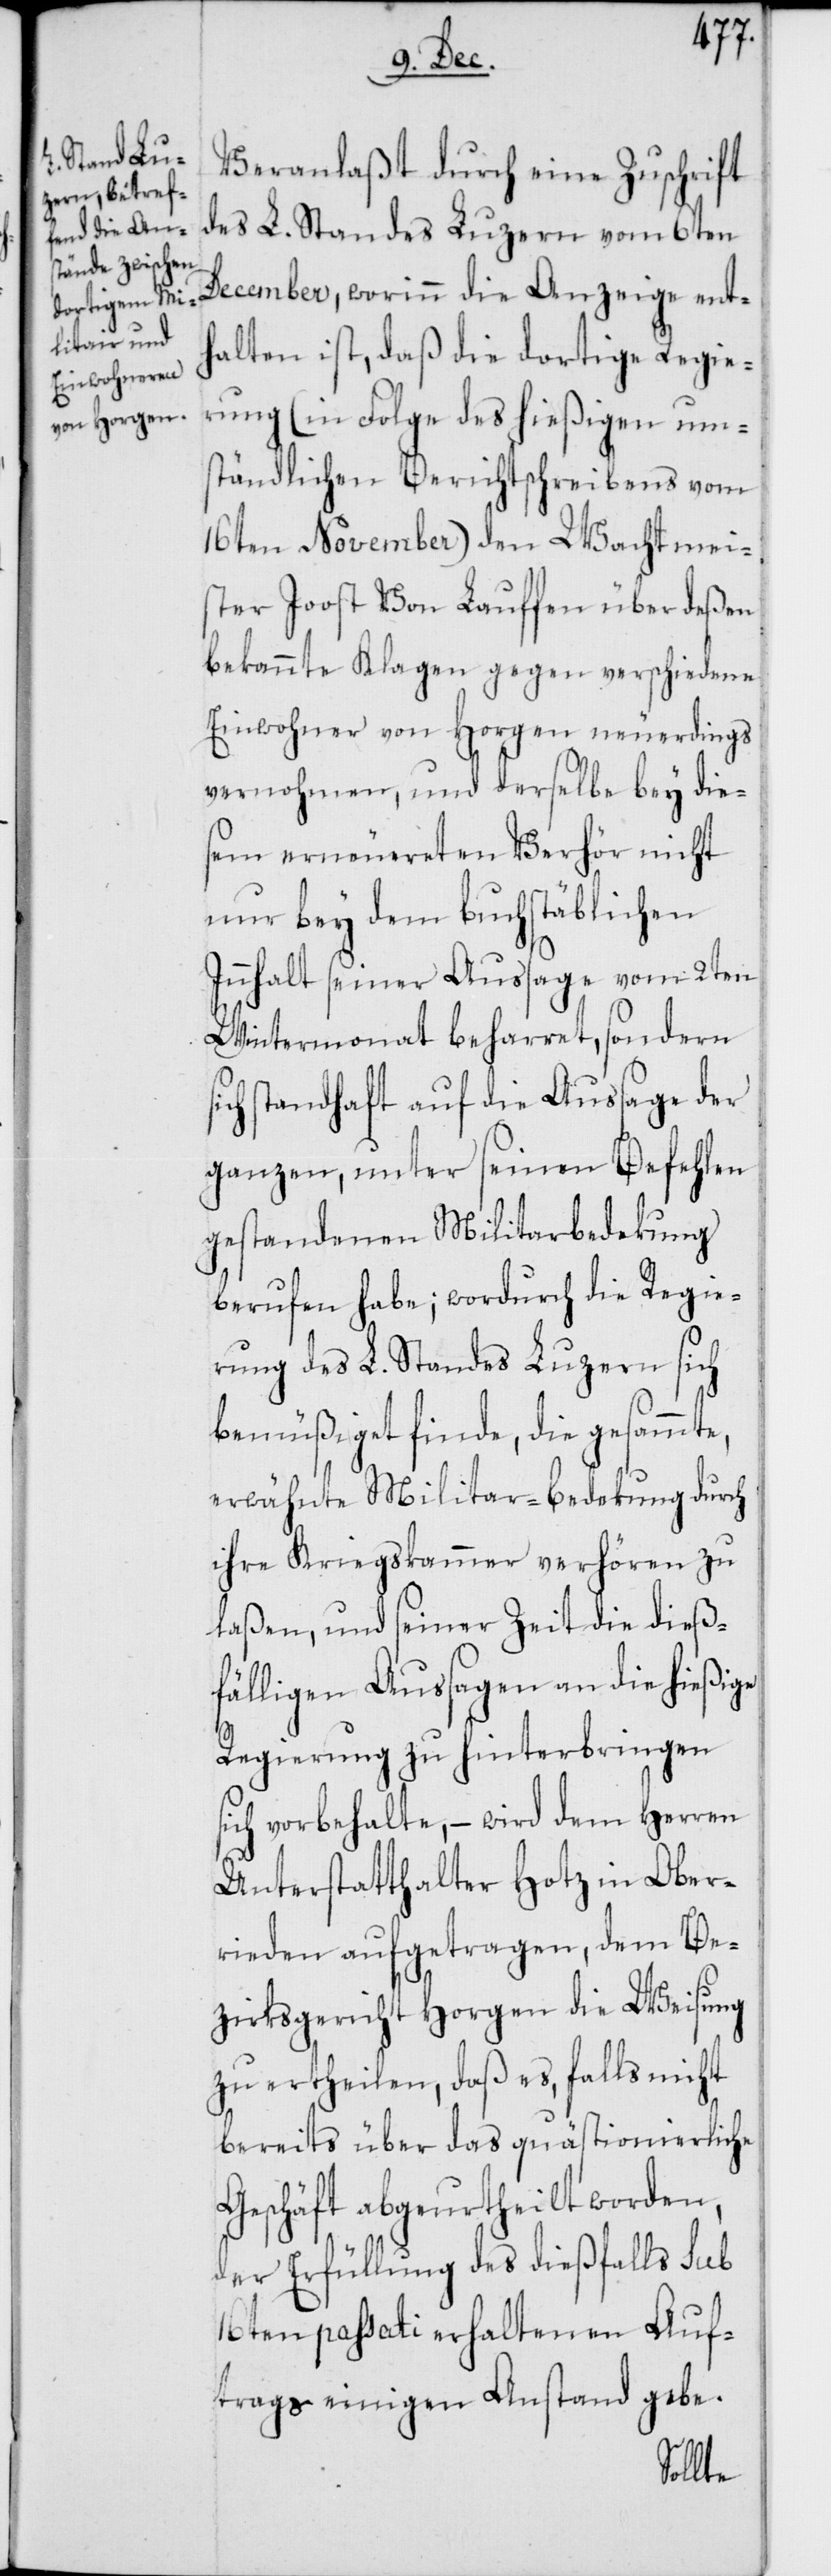
Veranlaßt durch eine Zuschrift
des L. Standes Luzern vom 6ten
December, worinn die Anzeige ent¬
halten ist, daß die dortige Regie¬
rung (in Folge des hießigen um¬
ständlichen Berichtschreibens vom
16ten November) den Wachtmeis¬
ter Joost Von Lauffen über deßen
bekannte Klagen gegen verschiedene
Einwohner von Horgen neuerdings
vernohmen, und derselbe bey die¬
sem erneuereten Verhör nicht
nur bey dem buchstäblichen
Innhalt seiner Aussage vom 2ten
Wintermonat beharret, sondern
sich standhaft auf die Aussage der
ganzen, unter seinen Befehlen
gestandenen Militarbedekung
berufen habe; wordurch die Regie¬
rung des L. Standes Luzern sich
bemüßiget finde, die gesammte
erwähnte Militar-bedekung durch
ihre Kriegskammer verhören zu
laßen, und seiner Zeit die dieß¬
fälligen Aussagen an die hießige
Regierung zu hinterbringen
sich vorbehalte, – wird dem Herren
Unterstatthalter Hotz in Ober¬
rieden aufgetragen, dem Be¬
zirksgericht Horgen die Weisung
zu ertheilen, daß es, falls nicht
bereits über das quästionierliche
Geschäft abgeurtheilt worden,
der Erfüllung des dießfalls sub
16ten passati erhaltenen Auf¬
trags einigen Anstand gebe.